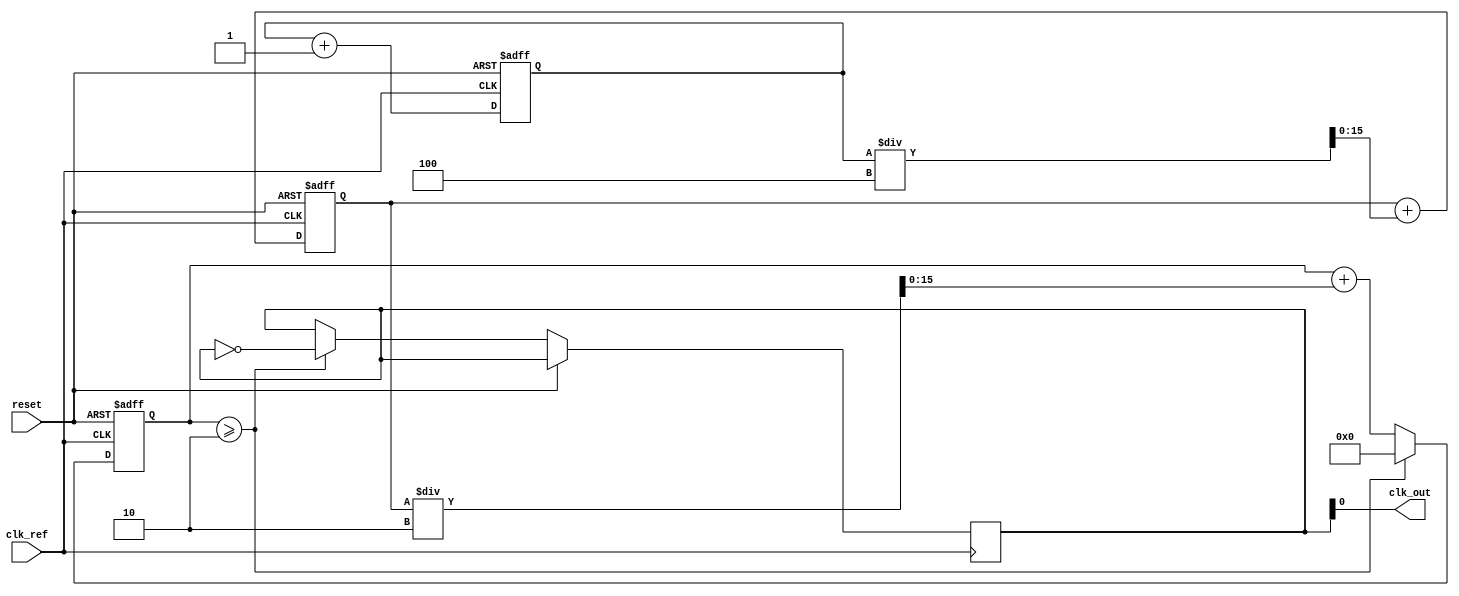
module PLL (
    input wire clk_ref,           // Reference clock input
    input wire reset,             // Reset signal
    output wire clk_out           // Output clock
);

// Parameters for filter and VCO
parameter integer FILTER_GAIN = 4;
parameter integer VCO_GAIN = 2;
parameter integer DIVIDER = 2;   // Optional frequency divider

// Internal signals
reg [15:0] phase_error;          // Phase error signal
reg [15:0] control_voltage;       // Control voltage for VCO
reg [15:0] vco_output;            // VCO output
reg [15:0] vco_count;             // VCO counter

// Phase Detector (PD)
always @(posedge clk_ref or posedge reset) begin
    if (reset) begin
        phase_error <= 16'b0;
    end else begin
        // Simple phase detection logic (not actual analog behavior)
        // Here we simulate phase comparison by toggling phase_error
        phase_error <= phase_error + 1; // Placeholder for phase comparison logic
    end
end

// Loop Filter (LF)
always @(posedge clk_ref or posedge reset) begin
    if (reset) begin
        control_voltage <= 16'b0;
    end else begin
        // Simple loop filter logic (proportional controller)
        control_voltage <= control_voltage + (phase_error / FILTER_GAIN);
    end
end

// Voltage-Controlled Oscillator (VCO)
always @(posedge clk_ref or posedge reset) begin
    if (reset) begin
        vco_count <= 16'b0;
    end else begin
        // VCO output frequency controlled by the control voltage
        vco_count <= vco_count + (control_voltage / VCO_GAIN);
        if (vco_count >= DIVIDER) begin
            vco_output <= ~vco_output; // Toggle output for frequency generation
            vco_count <= 16'b0;
        end
    end
end

// Output Stage
assign clk_out = vco_output;

endmodule